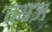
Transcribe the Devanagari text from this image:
व्यज